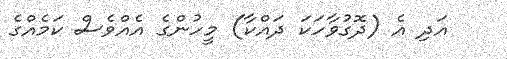
އަދި އެ (ދޮގުވާހަކަ ދައްކާ) މީހުންގެ އެއްވެސް ކަމެއްގެ